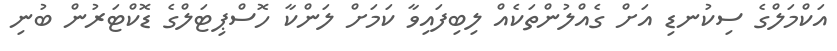
އަކްމަލްގެ ސިކުނޑި އަށް ގެއްލުންތަކެއް ލިބިފައިވާ ކަމަށް ލަންކާ ހޮސްޕިޓަލްގެ ޑޮކްޓަރުން ބުނި